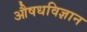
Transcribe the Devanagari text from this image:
औषधविज्ञान